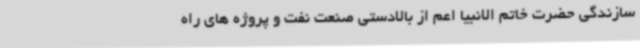
سازندگی حضرت خاتم الانبیا اعم از بالادستی صنعت نفت و پروژه های راه